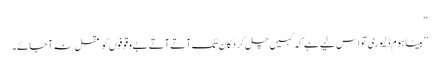
‘‘
’’بیٹا ہوم ڈلیوری تو اس لیے ہے کہ کہیں چل کر دکان تک آتے آتے بے وقوفوں کو عقل نہ آجائے۔